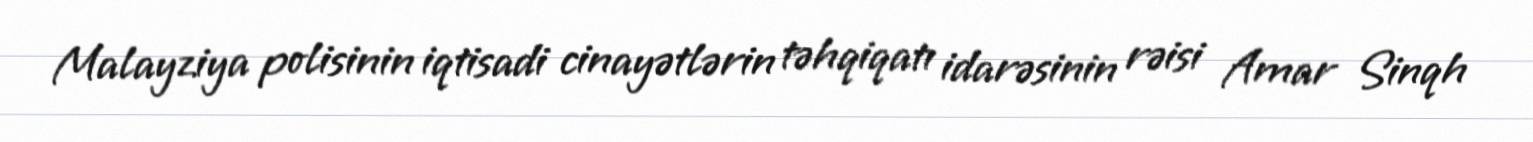
Malayziya polisinin iqtisadi cinayətlərin təhqiqatı idarəsinin rəisi Amar Sinqh